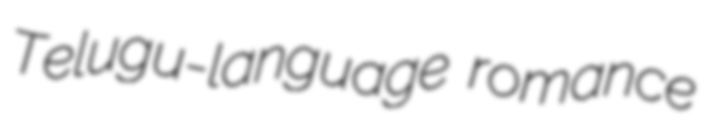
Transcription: Telugu-language romance